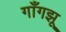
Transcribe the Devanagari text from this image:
गाँगझू